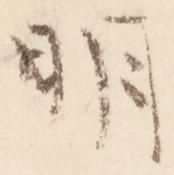
明